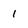
Character: 1